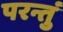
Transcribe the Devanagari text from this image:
परन्तुं